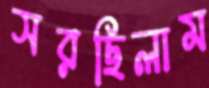
সরছিলাম